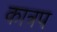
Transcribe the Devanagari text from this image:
कात्रप